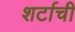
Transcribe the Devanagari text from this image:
शर्टाची